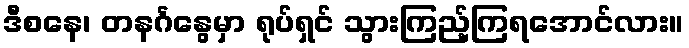
ဒီစနေ၊ တနင်္ဂနွေမှာ ရုပ်ရှင် သွားကြည့်ကြရအောင်လား။